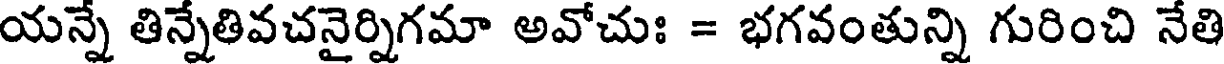
యన్నే తిన్నేతివచనైర్నిగమా అవోచుః = భగవంతున్ని గురించి నేతి